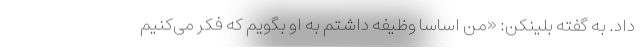
داد. به گفته بلینکن: «من اساسا وظیفه داشتم به او بگویم که فکر می‌کنیم